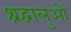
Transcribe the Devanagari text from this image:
श्रद्वालुओं